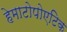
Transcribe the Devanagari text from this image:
हेमाटोपोएटिक